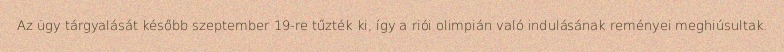
Az ügy tárgyalását később szeptember 19-re tűzték ki, így a riói olimpián való indulásának reményei meghiúsultak.